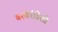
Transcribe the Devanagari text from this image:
बरबेरीडेसी